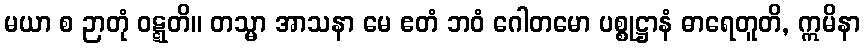
မယာ စ ဉာတုံ ဝဋ္ဋတိ။ တသ္မာ အာသနာ မေ ဧတံ ဘဝံ ဂေါတမော ပစ္စုဋ္ဌာနံ ဓာရေတူတိ, ဣမိနာ